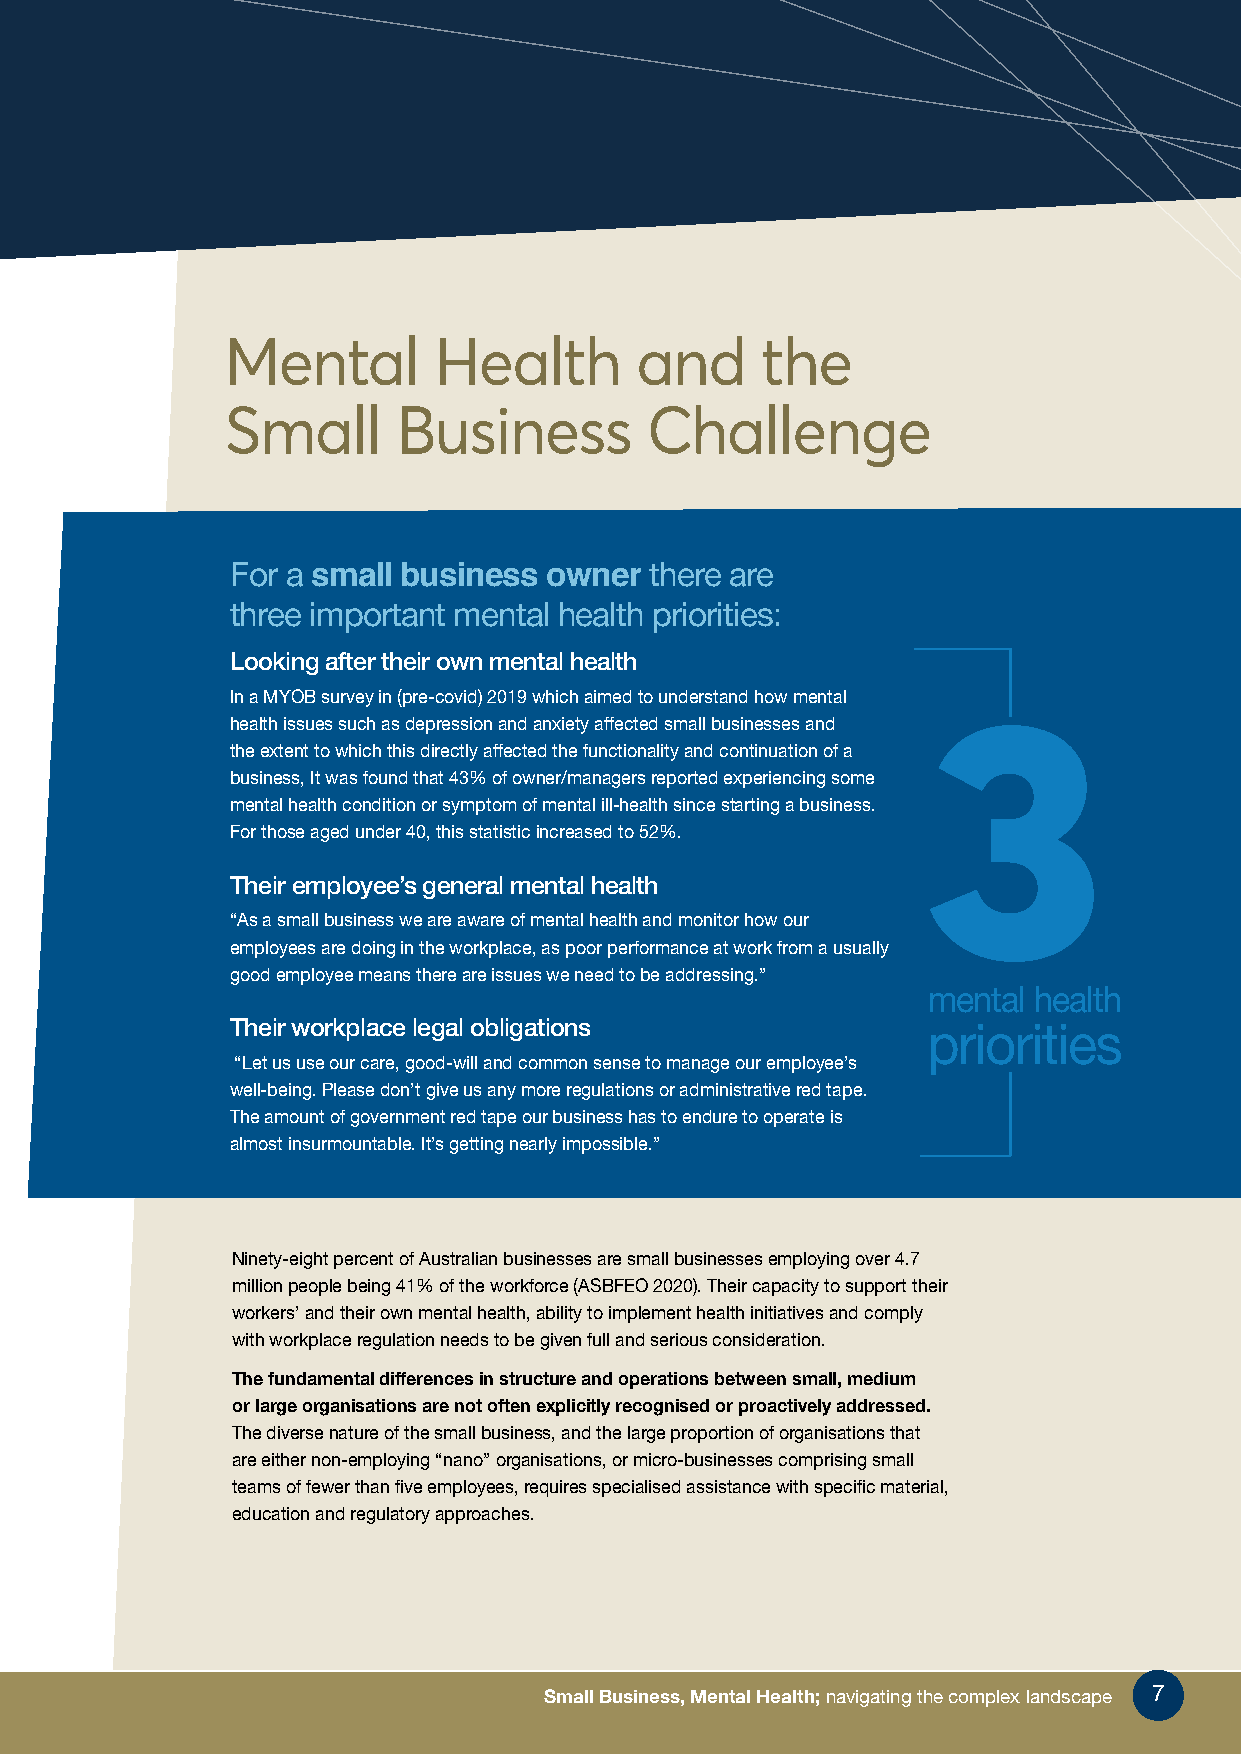
Mental        Health       and     the
 Small      Business         Challenge
 For a small business owner  there are
 three important mental health priorities:
 Looking after their own mental health
 In a MYOB survey in (pre-covid) 2019 which aimed to understand how mental
 3
 health issues such as depression and anxiety affected small businesses and
 the extent to which this directly affected the functionality and continuation of a
 business, It was found that 43% of owner/managers reported experiencing some
 mental health condition or symptom of mental ill-health since starting a business.
 For those aged under 40, this statistic increased to 52%.
 Their employee’s general mental health
 “As a small business we are aware of mental health and monitor how our
 employees are doing in the workplace, as poor performance at work from a usually
 good employee means there are issues we need to be addressing.”
 mental health
 Their workplace legal obligations
 priorities
 “Let us use our care, good-will and common sense to manage our employee’s
 well-being. Please don’t give us any more regulations or administrative red tape.
 The amount of government red tape our business has to endure to operate is
 almost insurmountable. It’s getting nearly impossible.”
 Ninety-eight percent of Australian businesses are small businesses employing over 4.7
 million people being 41% of the workforce (ASBFEO 2020). Their capacity to support their
 workers’ and their own mental health, ability to implement health initiatives and comply
 with workplace regulation needs to be given full and serious consideration.
 The fundamental differences in structure and operations between small, medium
 or large organisations are not often explicitly recognised or proactively addressed.
 The diverse nature of the small business, and the large proportion of organisations that
 are either non-employing “nano” organisations, or micro-businesses comprising small
 teams of fewer than five employees, requires specialised assistance with specific material,
 education and regulatory approaches.
 Small Business, Mental Health; navigating the complex landscape 77